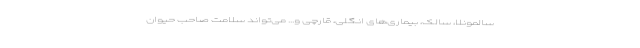
سالمونلا، سالک، بیماری‌های انگلی، قارچی و... می‌تواند سلامت صاحب حیوان